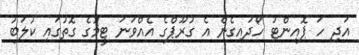
އަދި ހަ ޕޮއިންޓު ހޯދައިގެން އެ ގުރޫޕްގެ އެއްވަނަ ޓީމުގެ ގޮތުގައި ކުލަބު